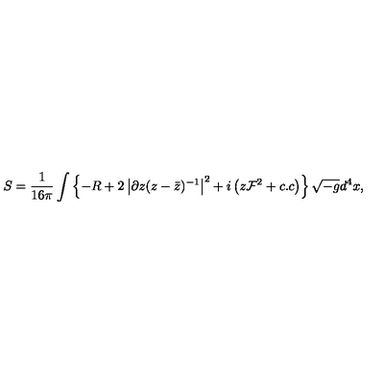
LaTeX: S = \frac { 1 } { 1 6 \pi } \int \left\{ - R + 2 \left| \partial z ( z - { \bar { z } } ) ^ { - 1 } \right| ^ { 2 } + i \left( z { \cal F } ^ { 2 } + c . c \right) \right\} \sqrt { - g } d ^ { 4 } x ,